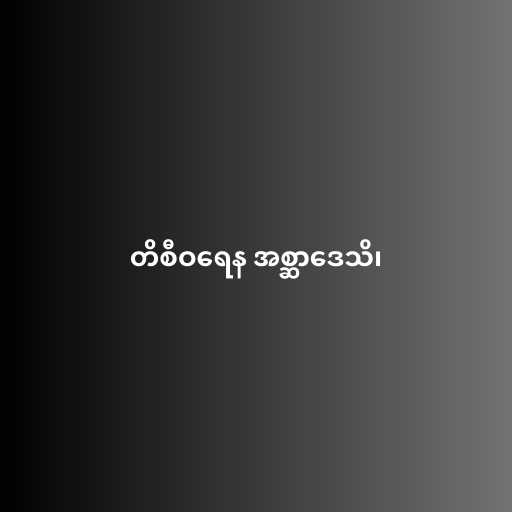
တိစီဝရေန အစ္ဆာဒေသိ၊